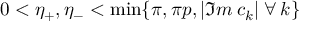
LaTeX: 0 < \eta _ { + } , \eta _ { - } < \operatorname * { m i n } \{ \pi , \pi p , | \Im m \: c _ { k } | \: \forall \: k \}